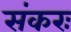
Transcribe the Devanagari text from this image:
संकरः